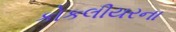
કોકલીયરના